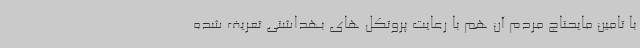
با تامین مایحتاج مردم آن هم با رعایت پروتکل های بهداشتی تعریف شده